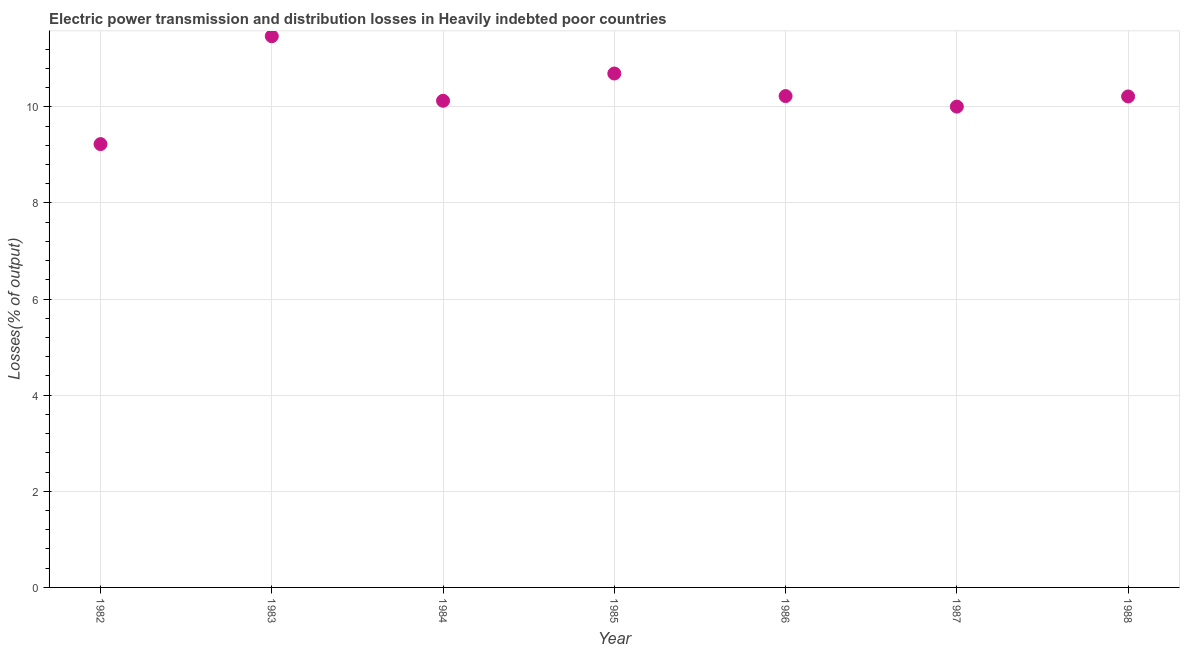
| Year | Electric power transmission and distribution losses |
 | --- | --- |
 | 1982 | 9.23 |
 | 1983 | 11.5 |
 | 1984 | 10.1 |
 | 1985 | 10.7 |
 | 1986 | 10.2 |
 | 1987 | 10 |
 | 1988 | 10.2 |